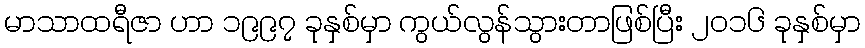
မာသာထရီဇာ ဟာ ၁၉၉၇ ခုနှစ်မှာ ကွယ်လွန်သွားတာဖြစ်ပြီး ၂၀၁၆ ခုနှစ်မှာ